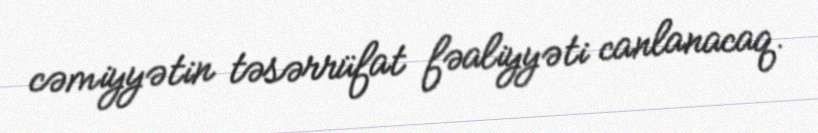
cəmiyyətin təsərrüfat fəaliyyəti canlanacaq.